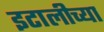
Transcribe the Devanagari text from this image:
इटालीच्या